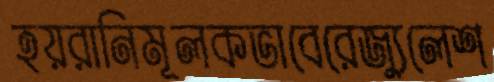
হয়রানিমূলকভাবেরেজ্যুলেশ